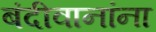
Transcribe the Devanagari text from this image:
बंदीवानांना